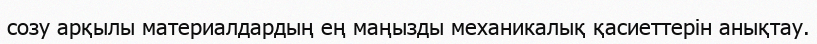
созу арқылы материалдардың ең маңызды механикалық қасиеттерін анықтау.